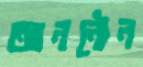
আননৌন